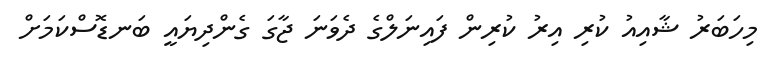
މިހަބަރު ޝާއިއު ކުރި އިރު ކުރިން ފައިނަލްގެ ދެވަނަ ޖާގަ ގެންދިޔައީ ބަނޑޮސްކަމަށް